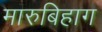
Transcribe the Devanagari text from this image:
मारुबिहाग